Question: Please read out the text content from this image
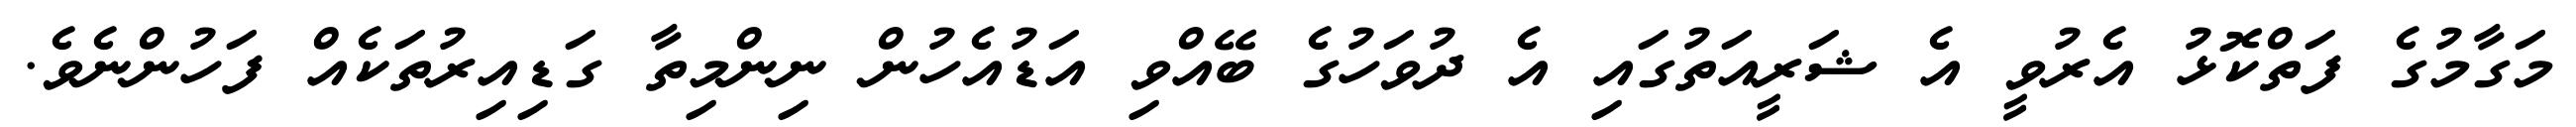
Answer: މަގާމުގެ ފަތްކޮޅު އެރުވީ އެ ޝަރީއަތުގައި އެ ދުވަހުގެ ބޭއްވި އަޑުއެހުން ނިންމިތާ ގަޑިއިރުތަކެއް ފަހުންނެވެ.